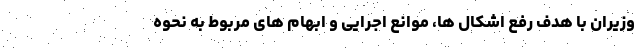
وزیران با هدف رفع اشکال ها، موانع اجرایی و ابهام های مربوط به نحوه